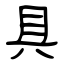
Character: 具